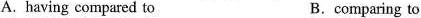
A. having compared to B.comparing to